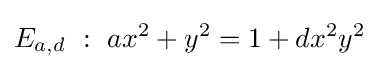
E_{a,d}\ :\ ax^{2}+y^{2}=1+dx^{2}y^{2}